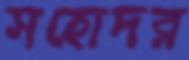
সহোদর